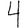
Digit: 4